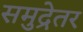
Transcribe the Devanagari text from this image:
समुद्रेतर